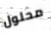
محلول